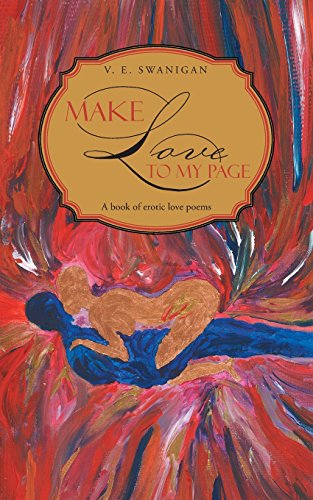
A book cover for Make Love to My Page: A Book of Erotic Love Poems; V. E. Swanigan; Romance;